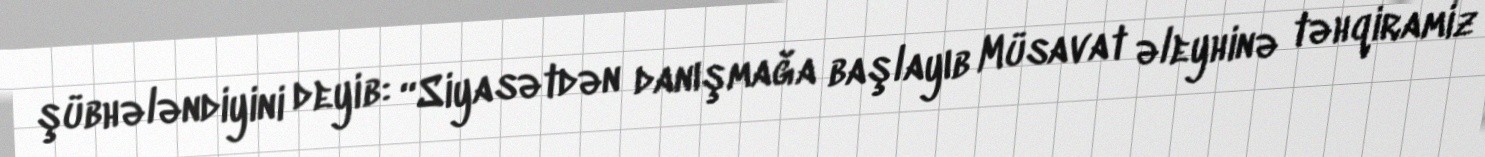
şübhələndiyini deyib: “Siyasətdən danışmağa başlayıb Müsavat əleyhinə təhqiramiz